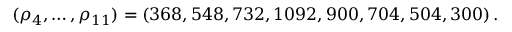
( \rho _ { 4 } , \ldots , \rho _ { 1 1 } ) = ( 3 6 8 , 5 4 8 , 7 3 2 , 1 0 9 2 , 9 0 0 , 7 0 4 , 5 0 4 , 3 0 0 ) \, .